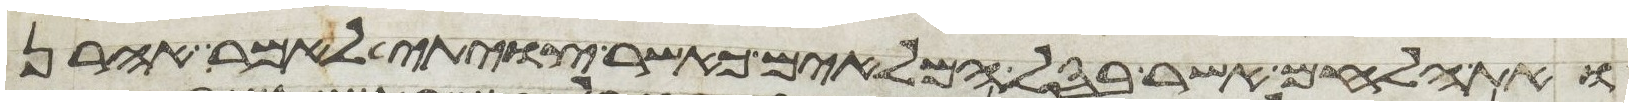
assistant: ואת הלחם אשר בסל המלאים כאשר צויתי לאמר אהרן